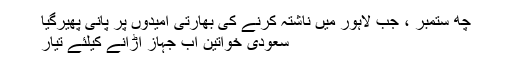
چھ ستمبر ، جب لاہور میں ناشتہ کرنے کی بھارتی امیدوں پر پانی پھیرگیا
سعودی خواتین اب جہاز اڑانے کیلئے تیار